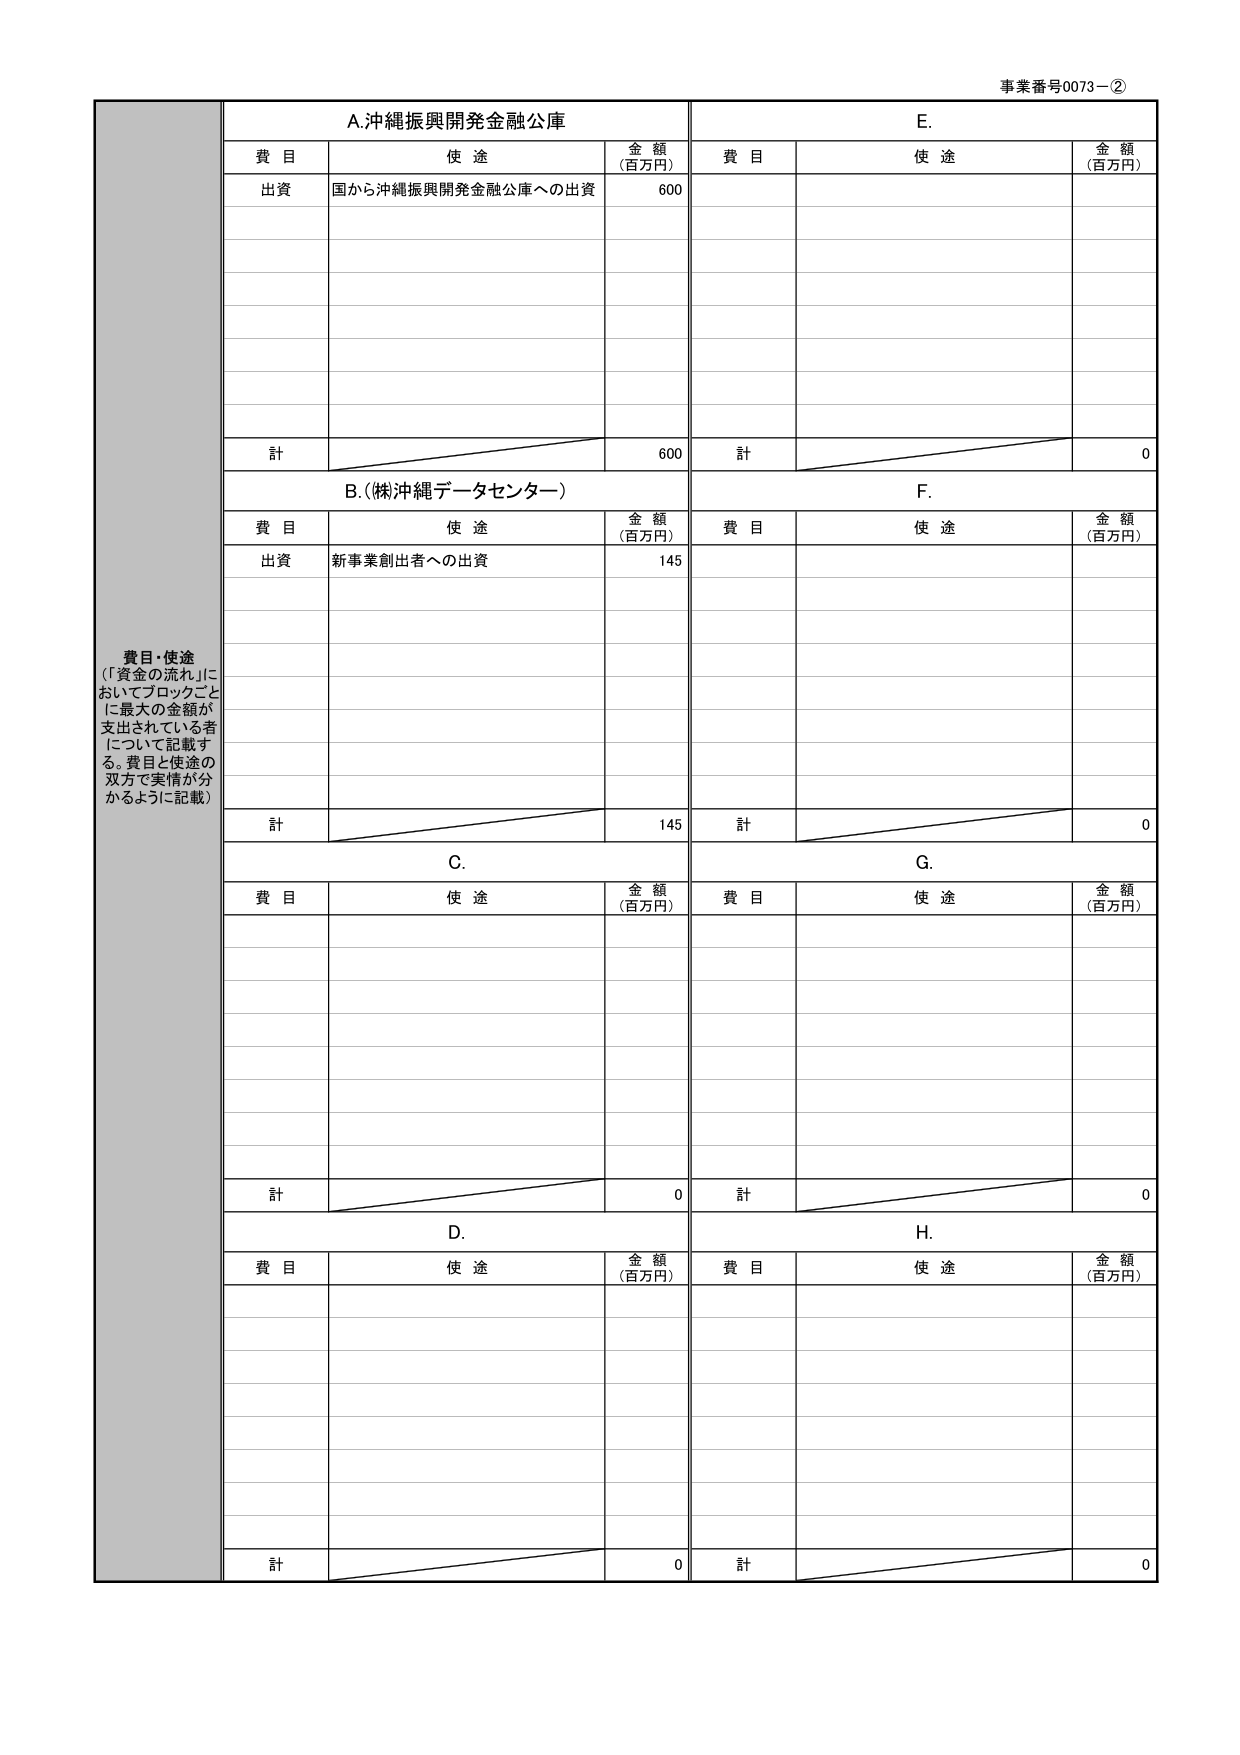
事業番号0073－②

A.沖縄振興開発金融公庫
費目　　使途　　金額（百万円）
出資　　国から沖縄振興開発金融公庫への出資　　600
計　　600

B.（株）沖縄データセンター）
費目　　使途　　金額（百万円）
出資　　新事業創出者への出資　　145
計　　145

C.
費目　　使途　　金額（百万円）
計　　0

D.
費目　　使途　　金額（百万円）
計　　0

E.
費目　　使途　　金額（百万円）
計　　0

F.
費目　　使途　　金額（百万円）
計　　0

G.
費目　　使途　　金額（百万円）
計　　0

H.
費目　　使途　　金額（百万円）
計　　0

費目・使途
（「資金の流れ」においてブロックごとに最大の金額が支出されている者について記載する。費目と使途の双方で実情が分かるように記載）